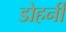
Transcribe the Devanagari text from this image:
डोहर्नी